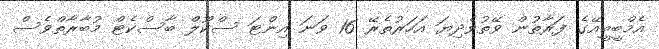
އެމްބީބީއޭގެ ފަރާތުން ވޭތުވެދިޔަ އަހަރުތެރޭ 16 ވަނަ އިންޓަ ސްކޫލް ބާސްކެޓް މުބާރާތްވެސް